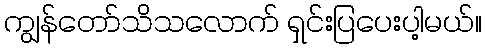
ကျွန်တော်သိသလောက် ရှင်းပြပေးပါ့မယ်။